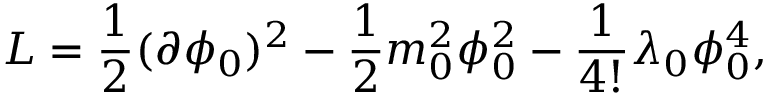
{ \cal L } = \frac { 1 } { 2 } ( \partial \phi _ { 0 } ) ^ { 2 } - \frac { 1 } { 2 } m _ { 0 } ^ { 2 } \phi _ { 0 } ^ { 2 } - \frac { 1 } { 4 ! } \lambda _ { 0 } \phi _ { 0 } ^ { 4 } ,